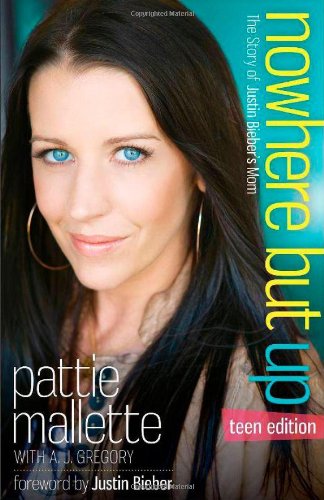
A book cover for Nowhere but Up: The Story of Justin Bieber's Mom; Pattie Mallette; Teen & Young Adult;